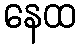
နေထ